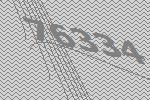
76334